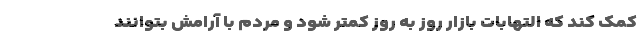
کمک کند که التهابات بازار روز به روز کمتر شود و مردم با آرامش بتوانند